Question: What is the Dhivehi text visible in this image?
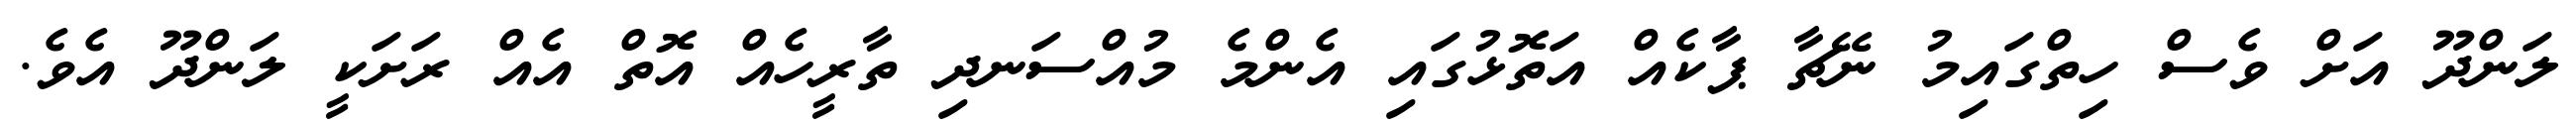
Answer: ލަންދޫ އަށް ވެސް ހިތްގައިމު ނޭޗާ ޕާކެއް އަތޮޅުގައި އެންމެ މުއްސަނދި ތާރީހެއް އޮތް އެއް ރަށަކީ ލަންދޫ އެވެ.